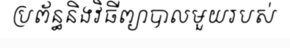
ប្រព័ន្ធនិងវិធីព្យាបាលមួយរបស់